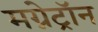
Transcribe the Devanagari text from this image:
मग्नेट्रॉन